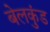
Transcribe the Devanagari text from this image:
बेलकुंड